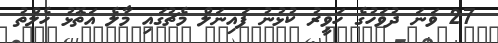
27 ވަނަ ދުވަހުގެ ހަވީރު ކުޅުނު ފައިނަލް މެޗުގައި މާލެ އަތޮޅު ހެލްތު